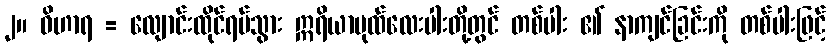
၂။ ဝိဟာရ = လျောင်းထိုင်ရပ်သွား ဣရိယာပုထ်လေးပါးတို့တွင် တစ်ပါး ၏ နာကျင်ခြင်းကို တစ်ပါးဖြင့်